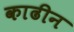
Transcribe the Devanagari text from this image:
काढीन